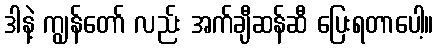
ဒါနဲ့ ကျွန်တော် လည်း အက်ချီဆန်ဆီ ပြေးရတာပေါ့။